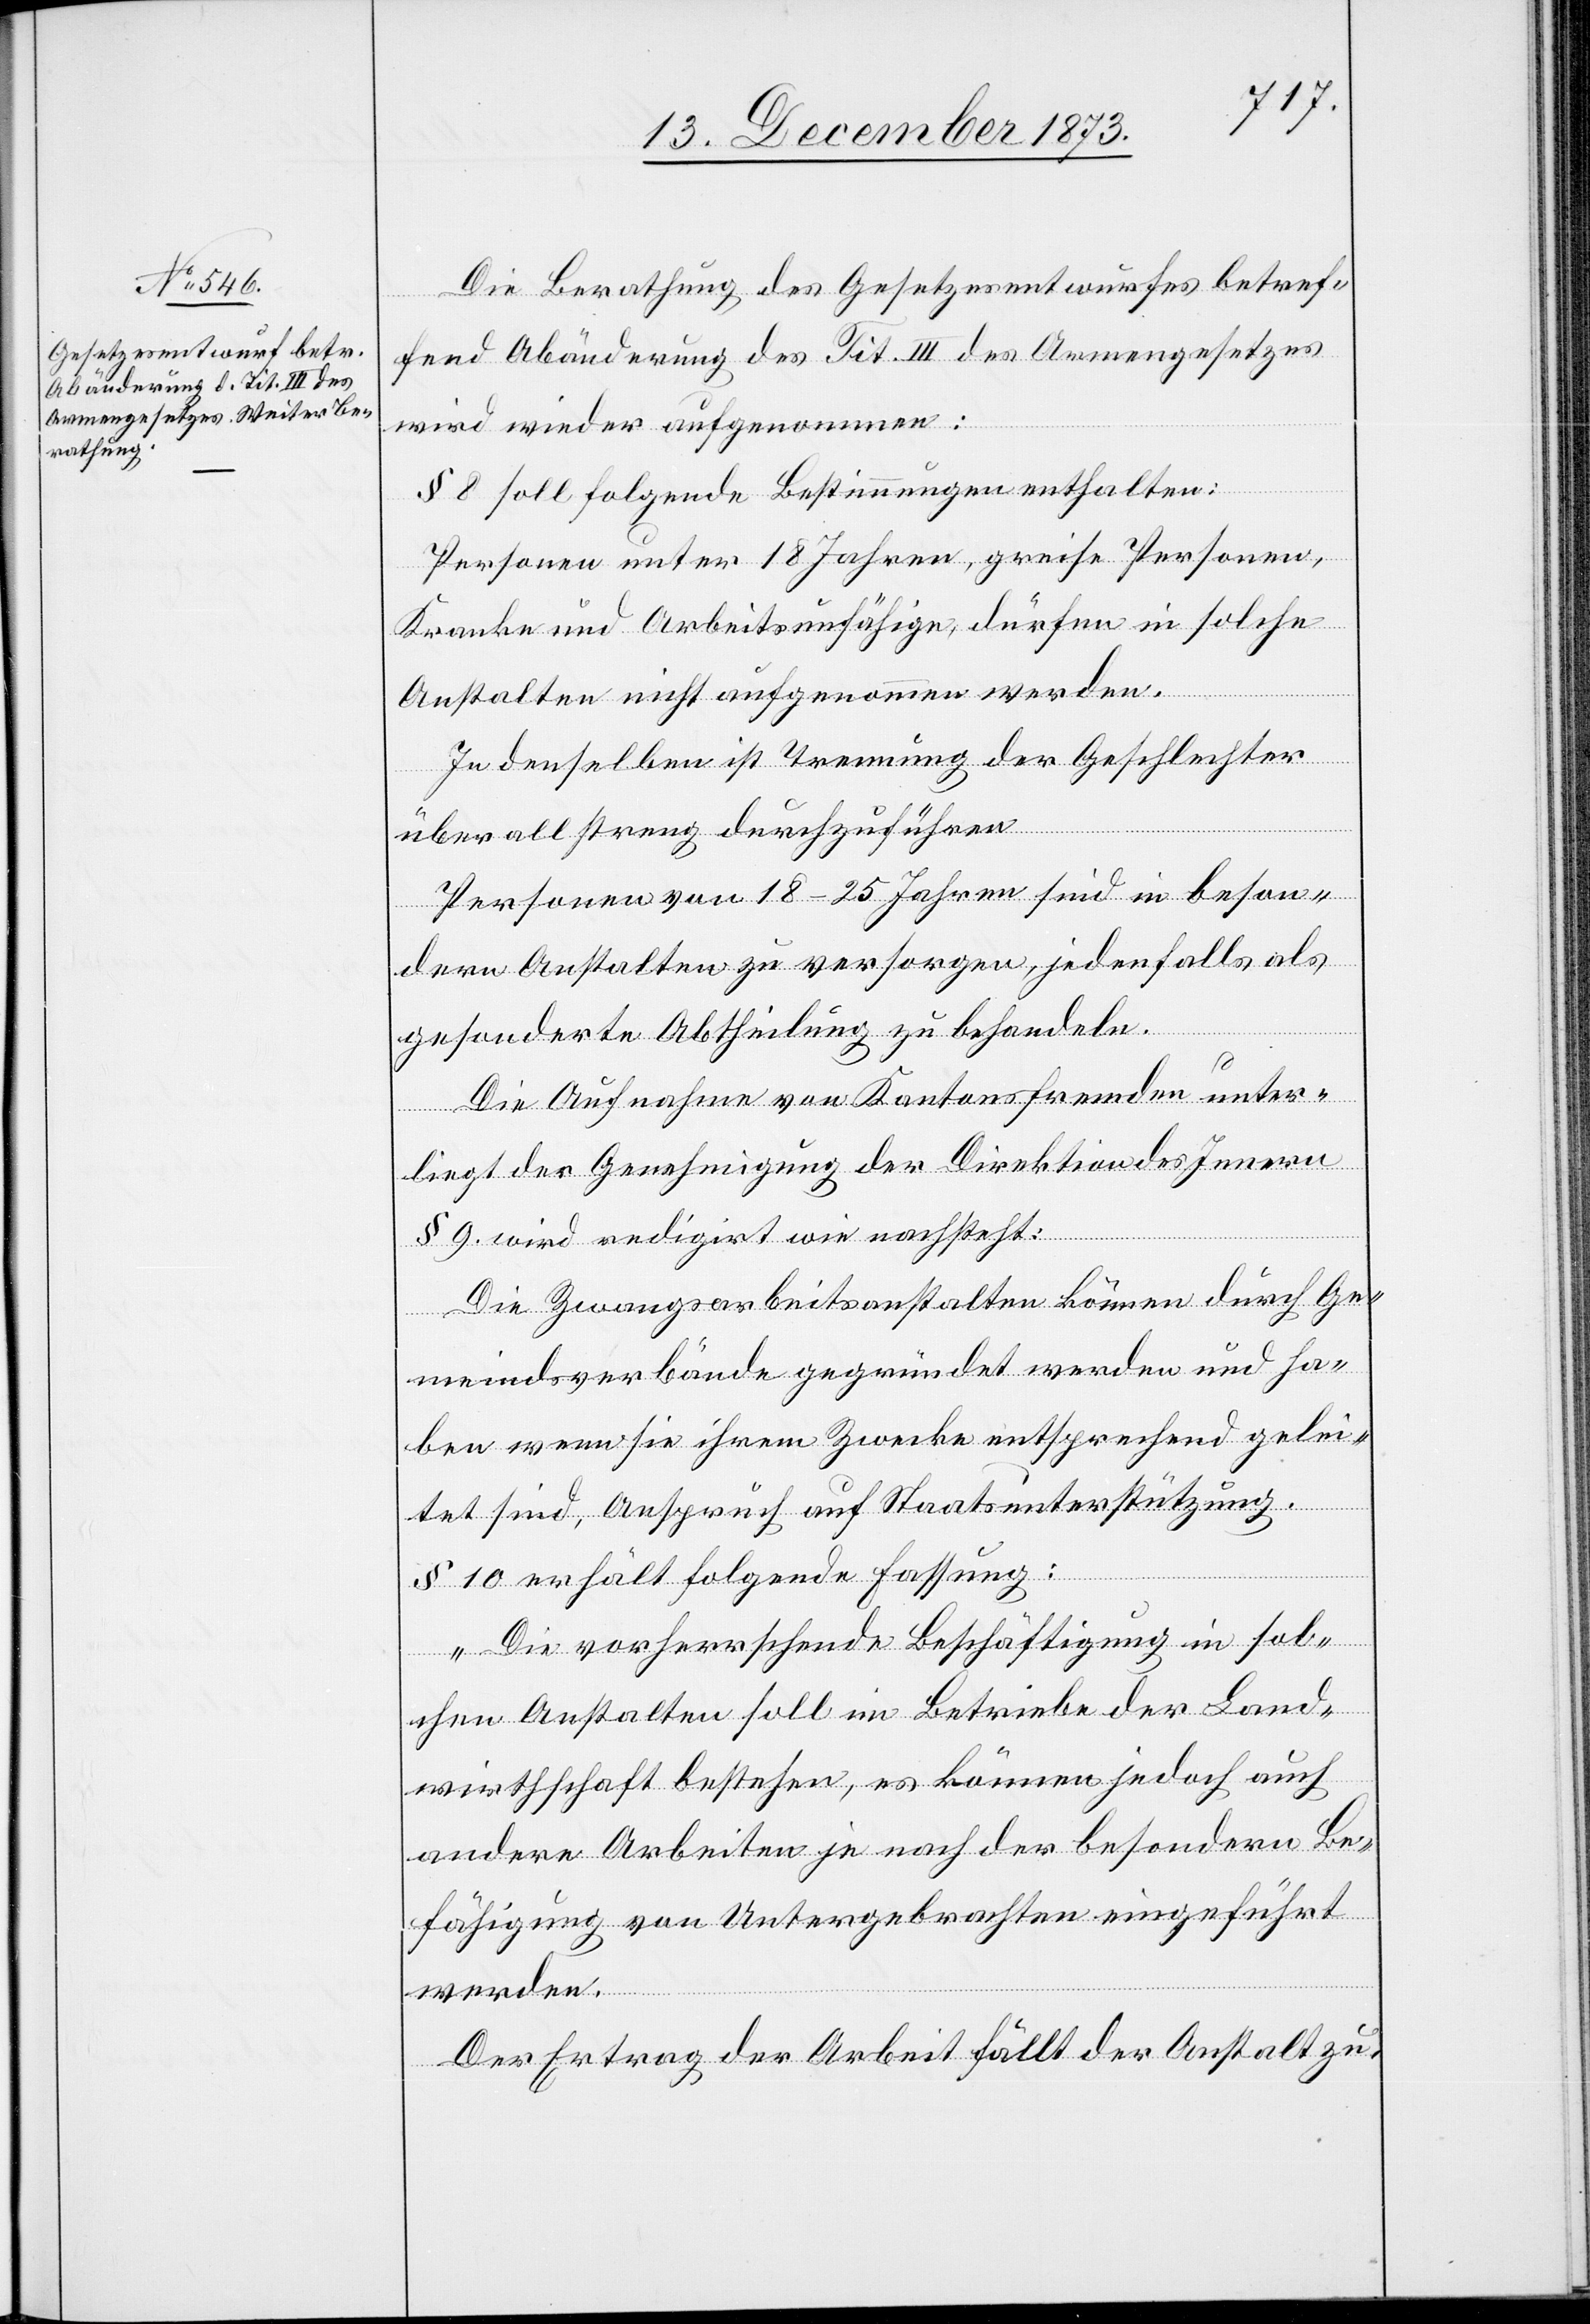
Die Berathung des Gesetzesentwurfes betref¬
fend Abänderung des Tit. III des Armengesetzes
wird wieder aufgenommen:
§ 8 soll folgende Bestimmungen enthalten:
Personen unter 18 Jahren, greise Personen,
Kranke und Arbeitsunfähige, dürfen in solche
Anstalten nicht aufgenommen werden.
In denselben ist Trennung der Geschlechter
überall streng durchzuführen[.]
Personen von 18–25 Jahren sind in beson¬
dern Anstalten zu versorgen, jedenfalls als
gesonderte Abtheilung zu behandeln.
Die Aufnahme von Kantonsfremden unter¬
liegt der Genehmigung der Direktion des Innern[.]
§ 9. wird redigirt wie nachsteht:
Die Zwangsarbeitsanstalten können durch Ge¬
meindsverbände gegründet werden und ha¬
ben wenn sie ihrem Zwecke entsprechend gelei¬
tet sind, Anspruch auf Staatsunterstützung.
§ 10 erhält folgende Fassung:
„Die vorherrschende Beschäftigung in sol¬
chen Anstalten soll im Betriebe der Land¬
wirthschaft bestehen, es können jedoch auch
andere Arbeiten je nach der besondern Be¬
fähigung von Untergebrachten eingeführt
werden.
Der Ertrag der Arbeit fällt der Anstalt zu.